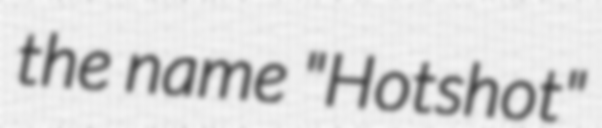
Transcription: the name "Hotshot"